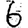
Digit: 6